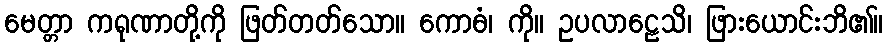
မေတ္တာ ကရုဏာတို့ကို ဖြတ်တတ်သော။ ကောဓံ၊ ကို။ ဥပလာဠေသိ၊ ဖြားယောင်းဘိ၏။